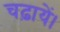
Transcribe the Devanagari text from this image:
चढ़ायें।